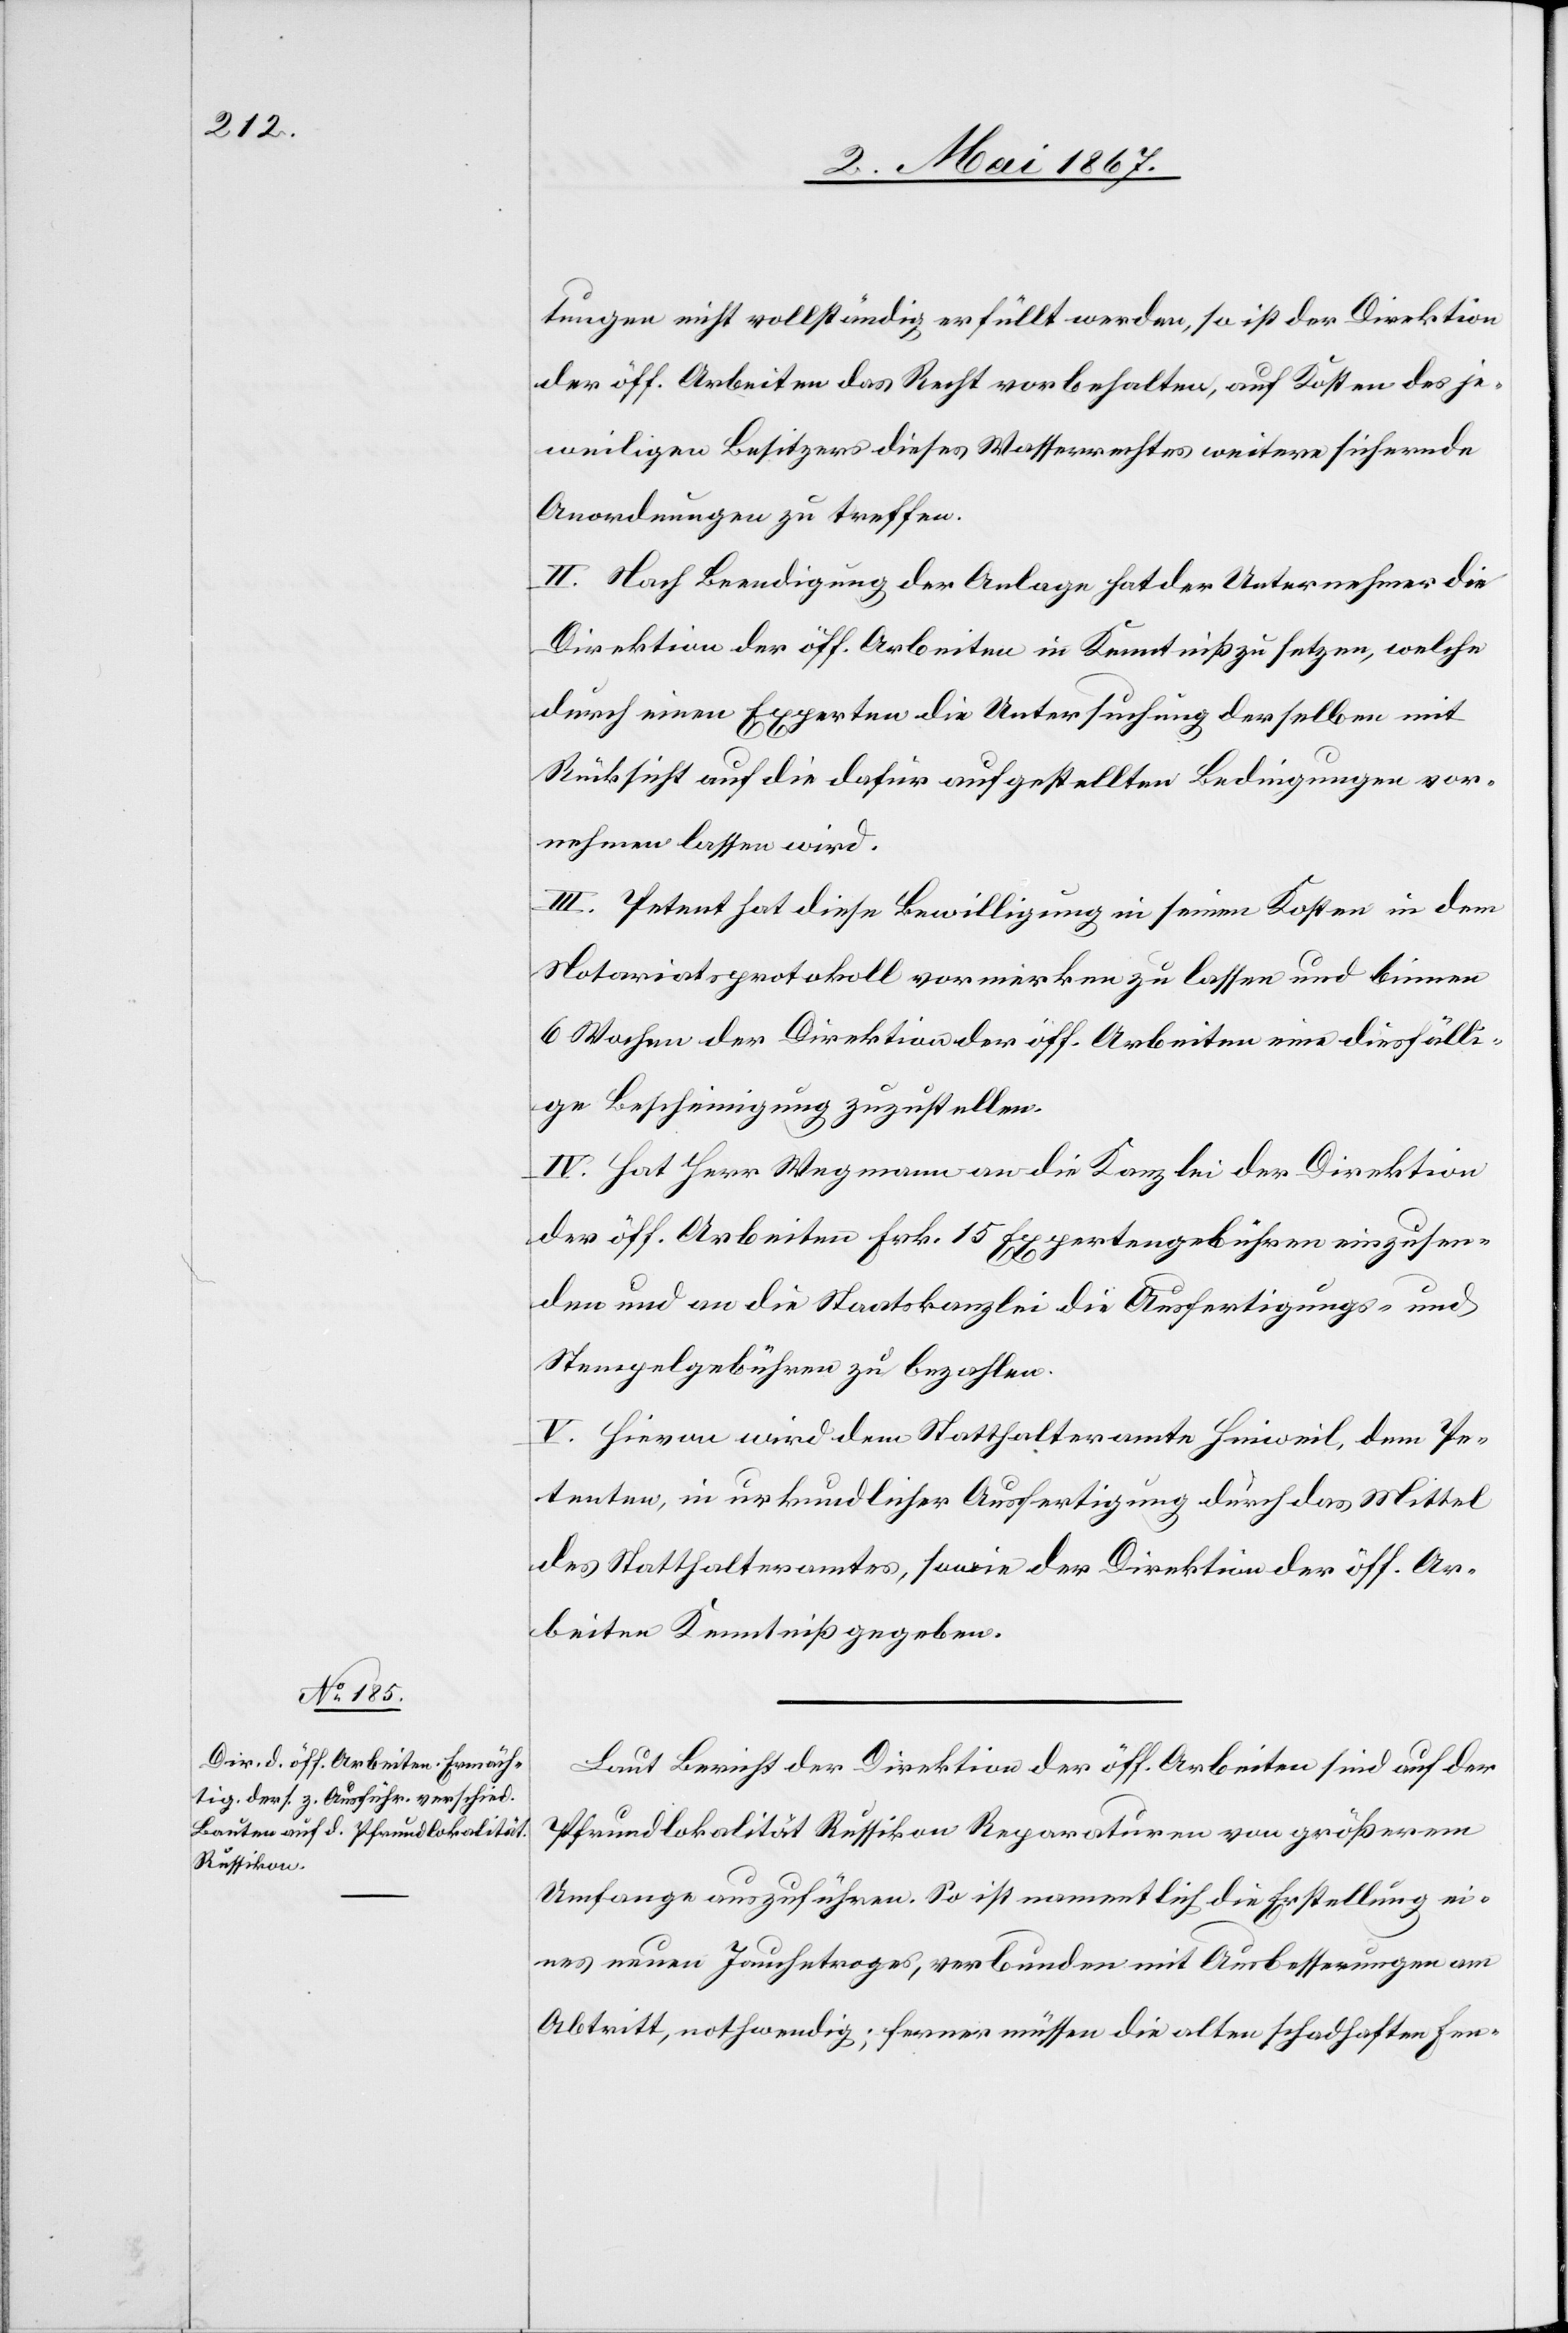
tungen nicht vollständig erfüllt werden, so ist der Direktion
der öff. Arbeiten das Recht vorbehalten, auf Kosten des je¬
weiligen Besitzers dieses Wasserrechtes weitere sichernde
Anordnungen zu treffen.
II. Nach Beendigung der Anlage hat der Unternehmer die
Direktion der öff. Arbeiten in Kenntniß zu setzen, welche
durch einen Experten die Untersuchung derselben mit
Rücksicht auf die dafür aufgestellten Bedingungen vor¬
nehmen lassen wird.
III. Petent hat diese Bewilligung in seinen Kosten in dem
Notariatsprotokoll vormerken zu lassen und binnen
6 Wochen der Direktion der öff. Arbeiten eine diesfälli¬
ge Bescheinigung zuzustellen.
IV. Hat Herr Wegmann an die Kanzlei der Direktion
der öff. Arbeiten Frk. 15 Expertengebühren einzusen¬
den und an die Staatskanzlei die Ausfertigungs- und
Stempelgebühren zu bezahlen.
V. Hievon wird dem Statthalteramte Hinweil, dem Pe¬
tenten, in urkundlicher Ausfertigung durch das Mittel
des Statthalteramtes, sowie der Direktion der öff. Ar¬
beiten Kenntniß gegeben.
Laut Bericht der Direktion der öff. Arbeiten sind auf der
Pfrundlokalität Russikon Reparaturen von größerem
Umfange auszuführen. So ist namentlich die Erstellung ei¬
nes neuen Jauchetroges, verbunden mit Ausbesserungen am
Abtritt, nothwendig; ferner müssen die alten schadhaften Fen-